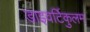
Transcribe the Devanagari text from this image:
डाइवर्टिकुलम